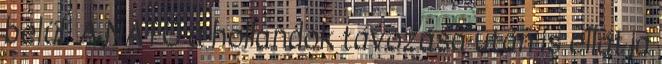
belül. A NATO a hollandok távozása után is ellátja